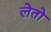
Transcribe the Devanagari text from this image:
लेतो